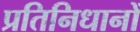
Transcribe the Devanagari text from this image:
प्रतिनिधानों